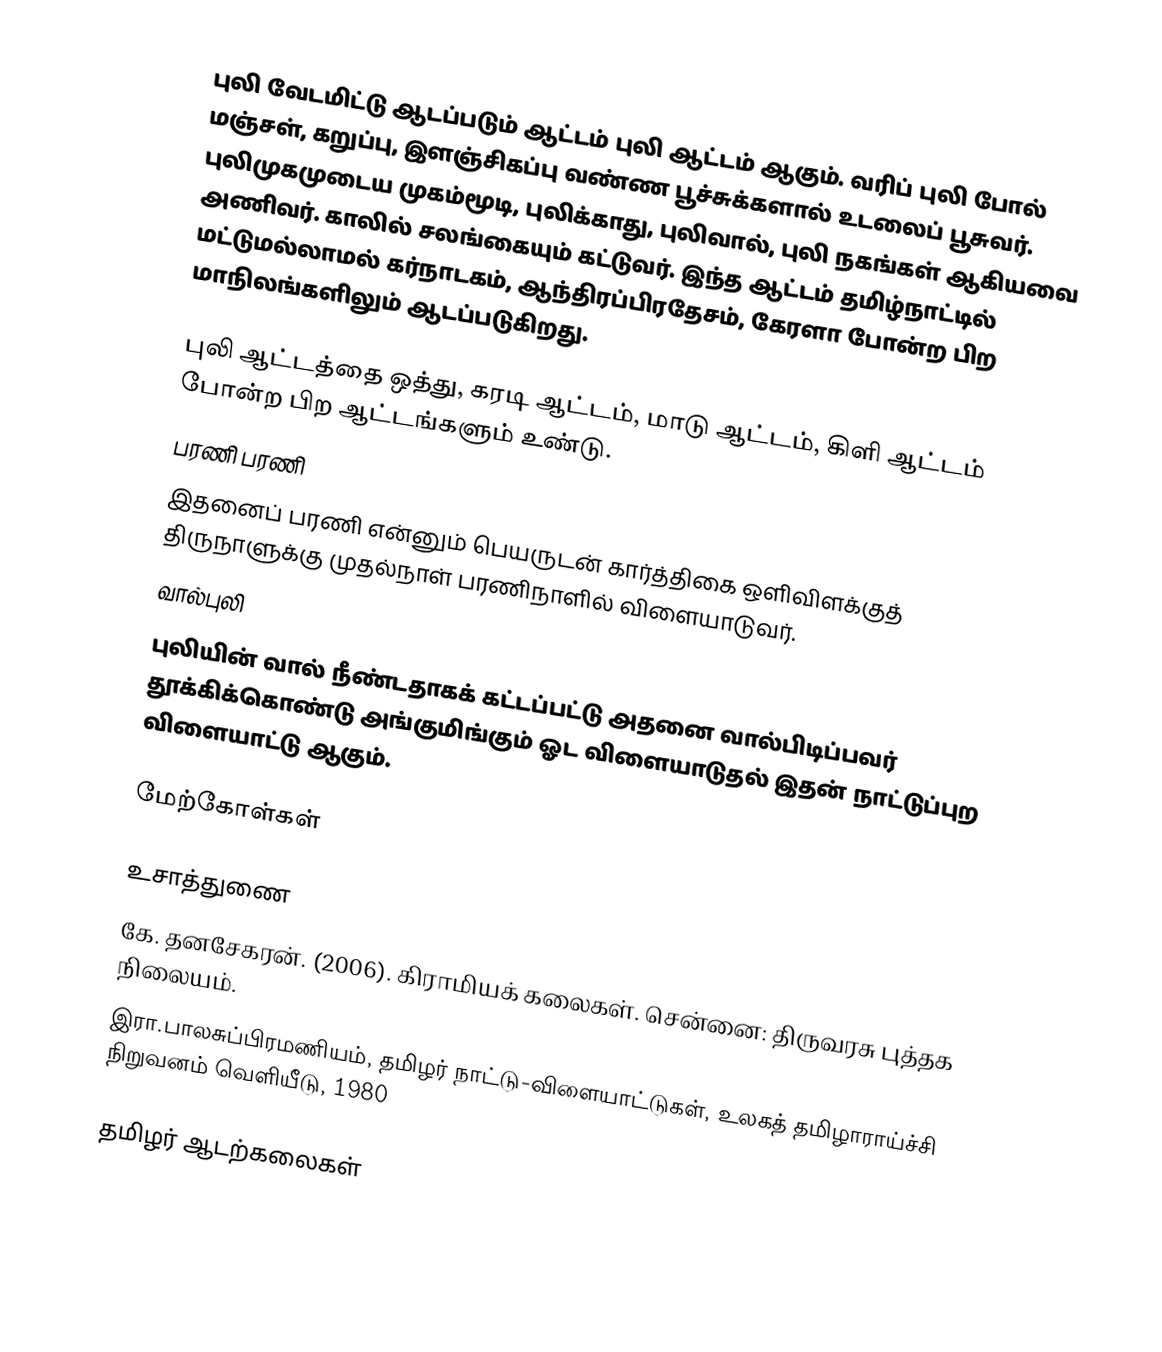
புலி வேடமிட்டு ஆடப்படும் ஆட்டம்  புலி ஆட்டம் ஆகும்.  வரிப் புலி போல் மஞ்சள், கறுப்பு, இளஞ்சிகப்பு வண்ண பூச்சுக்களால் உடலைப் பூசுவர்.  புலிமுகமுடைய முகம்மூடி, புலிக்காது, புலிவால், புலி நகங்கள் ஆகியவை அணிவர்.  காலில் சலங்கையும் கட்டுவர். இந்த ஆட்டம் தமிழ்நாட்டில் மட்டுமல்லாமல் கர்நாடகம், ஆந்திரப்பிரதேசம், கேரளா போன்ற பிற மாநிலங்களிலும் ஆடப்படுகிறது.

புலி ஆட்டத்தை ஒத்து, கரடி ஆட்டம், மாடு ஆட்டம், கிளி ஆட்டம் போன்ற பிற ஆட்டங்களும் உண்டு.
பரணி பரணி
இதனைப் பரணி என்னும் பெயருடன் கார்த்திகை ஒளிவிளக்குத் திருநாளுக்கு முதல்நாள் பரணிநாளில் விளையாடுவர்.
வால்புலி
புலியின் வால் நீண்டதாகக் கட்டப்பட்டு அதனை வால்பிடிப்பவர் தூக்கிக்கொண்டு அங்குமிங்கும் ஓட விளையாடுதல் இதன் நாட்டுப்புற விளையாட்டு ஆகும்.

மேற்கோள்கள்

உசாத்துணை
 கே. தனசேகரன். (2006). கிராமியக் கலைகள். சென்னை: திருவரசு புத்தக நிலையம்.
 இரா.பாலசுப்பிரமணியம், தமிழர் நாட்டு-விளையாட்டுகள், உலகத் தமிழாராய்ச்சி நிறுவனம் வெளியீடு, 1980

தமிழர் ஆடற்கலைகள்